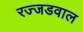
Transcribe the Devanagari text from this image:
रज्जडवाल